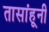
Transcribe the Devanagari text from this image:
तासांहूनी